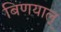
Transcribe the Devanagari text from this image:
बिणयाल्